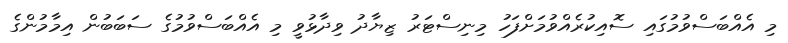
މި އެއްބަސްވުމުގައި ސޮއިކުރެއްވުމަށްފަހު މިނިސްޓަރު ޒިޔާދު ވިދާޅުވީ މި އެއްބަސްވުމުގެ ސަބަބުން އިމާމުންގެ